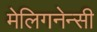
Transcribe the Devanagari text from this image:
मेलिगनेन्सी